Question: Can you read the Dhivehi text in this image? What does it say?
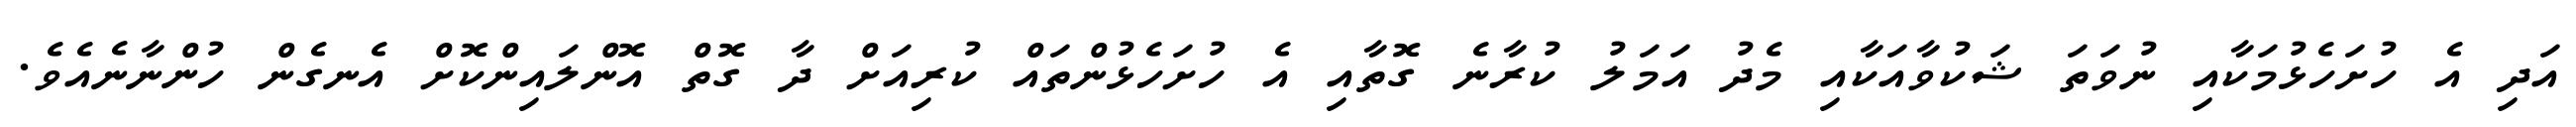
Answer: އަދި އެ ހުށަހެޅުމަކާއި ނުވަތަ ޝަކުވާއަކާއި މެދު އަމަލު ކުރާނެ ގޮތާއި އެ ހުށަހެޅުންތައް ކުރިއަށް ދާ ގޮތް އޮންލައިންކޮށް އެނގެން ހުންނާނެއެވެ.